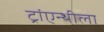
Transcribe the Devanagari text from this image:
ट्रांएन्थीला